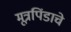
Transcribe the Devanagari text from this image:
मूत्रपिंडाचे